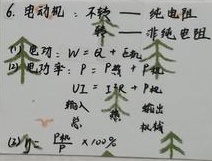
6. 电动机：
 - 不转 —— 纯电阻
 - 转 —— 非纯电阻
(1) 电功：\(W =\)
(2) 电功率：\(P = P_{热}+P_{机}\)，\(UI = I^{2}R + P_{机}\)（输入  热  输出机械）
(3)  \(\frac{P_{机}}{P_{总}}\times100\%\)